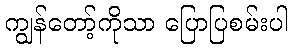
ကျွန်တော့်ကိုသာ ပြောပြစမ်းပါ